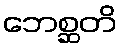
ဘေစ္ဆတိ